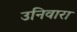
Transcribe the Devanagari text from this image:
उनिवारा